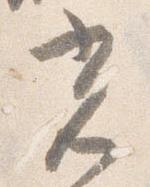
光